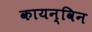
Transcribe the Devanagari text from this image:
कायन्विन